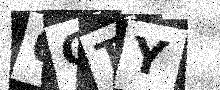
Text: 6QTY